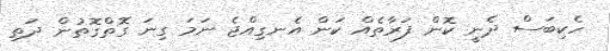
ހެކިބަސް ދެނީ ކޮން ފަރާތެއް ކަން އެނގިއްޖެ ނަމަ ގިނަ ގޮތްގޮތުން ދަތި